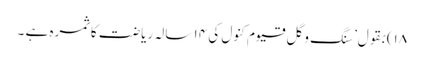
۱۸)بقول’ سنگ و گل قیوم کنول کی ۱۴ سالہ ریاضت کا ثمرہ ہے ۔